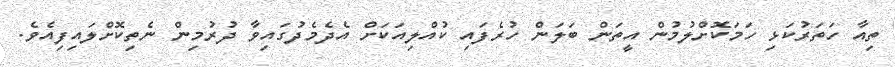
ތިއާ ހަތަރުކަޅި ހަމަކޮށްލުމުން އީތަން ބަލަން ހުރެފައި ކުއްލިއަކަށް އެދެމެދުގައިވާ ދުރުމިން ނެތިކޮށްލައިފިއެވެ.